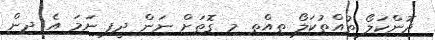
ދޮންކަލޯ ތުއްތުކަލޯ ތިއްތި މި ގޮތަށް ނަން ދީފި ނަމަ އެ ދިން